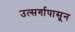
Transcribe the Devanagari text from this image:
उत्सर्गापासून